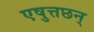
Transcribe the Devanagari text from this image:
एषुत्तछन्